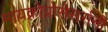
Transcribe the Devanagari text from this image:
मायक्रोप्रोसेसर्सनी